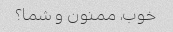
خوب، ممنون و شما؟